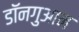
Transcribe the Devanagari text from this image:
डॉनगुआन